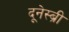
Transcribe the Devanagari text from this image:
दूनेस्ब्री